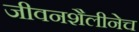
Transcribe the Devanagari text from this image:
जीवनशैलीनेच